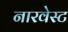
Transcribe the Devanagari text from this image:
नारवेस्ट